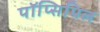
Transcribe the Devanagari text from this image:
पॉप्सिपिल